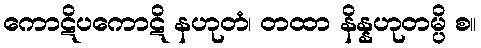
ကောဋိပကောဋိ နဟုတံ၊ တထာ နိန္နဟုတမ္ပိ စ။